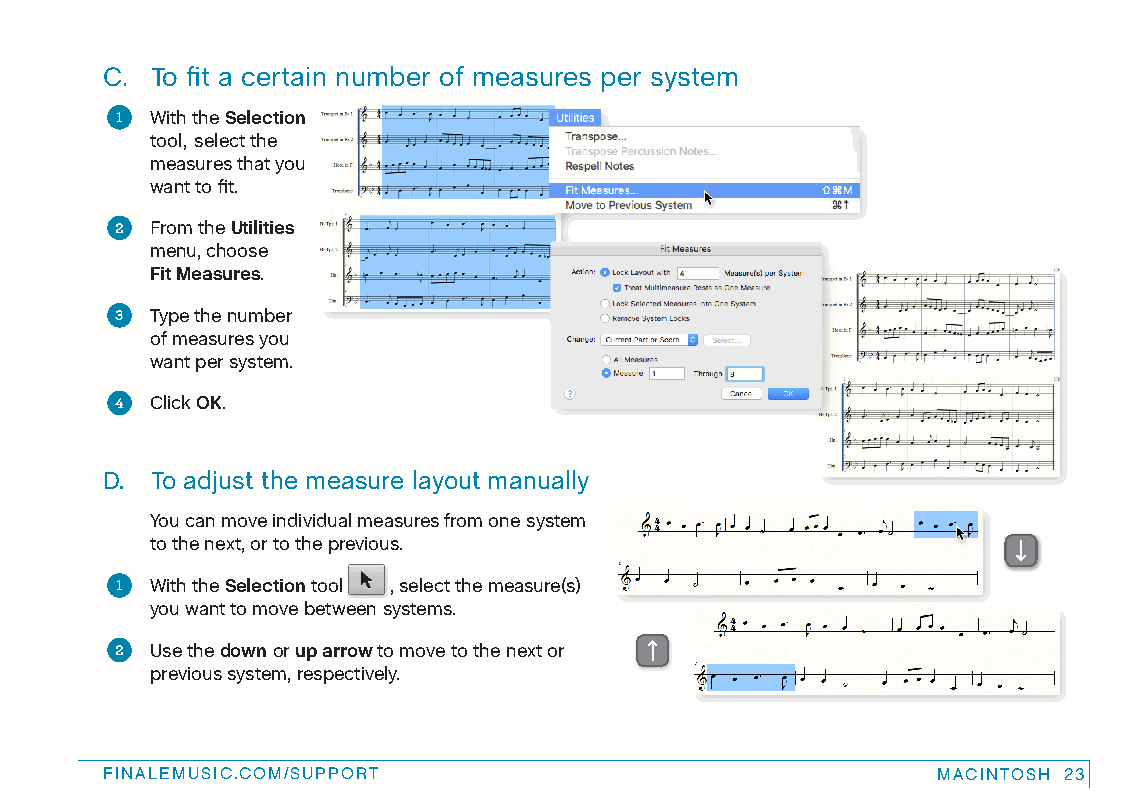
C. To fit a certain number of measures per system
 1 With the Selection
 tool, select the
 measures that you
 want to fit.
 2 From the Utilities
 menu, choose
 Fit Measures.
 3 Type the number
 of measures you
 want per system.
 4 Click OK.
 D. To adjust the measure layout manually
 You can move individual measures from one system
 to the next, or to the previous.
 1 With the Selection tool , select the measure(s)
 you want to move between systems.
 2 Use the down or up arrow to move to the next or
 previous system, respectively.
 FINALEMUSIC.COM/SUPPORT                                MACINTOSH 23